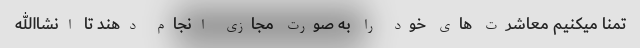
تمنا میکنیم معاشرت های خود را به صورت مجازی انجام دهند تا انشاالله